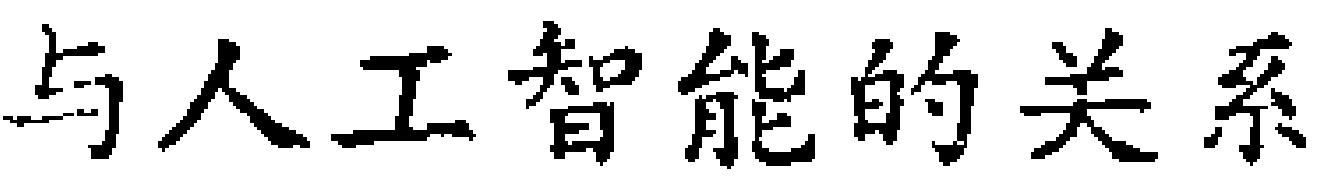
与人工智能的关系